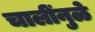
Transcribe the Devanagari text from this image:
चालींनुळे